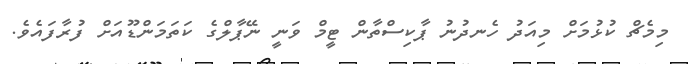
މިމެޗް ކުޅުމަށް މިއަދު ހެނދުނު ޕާކިސްތާން ޓީމް ވަނީ ނޭޕާލްގެ ކަތަމަންޑޫއަށް ފުރާފައެވެ.